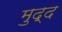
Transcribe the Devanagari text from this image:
मुद्द